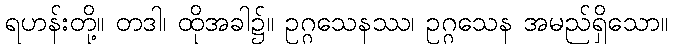
ရဟန်းတို့။ တဒါ၊ ထိုအခါ၌။ ဥဂ္ဂသေနဿ၊ ဥဂ္ဂသေန အမည်ရှိသော။